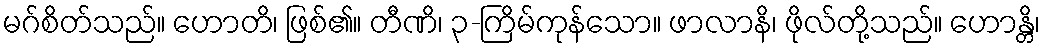
မဂ်စိတ်သည်။ ဟောတိ၊ ဖြစ်၏။ တီဏိ၊ ၃-ကြိမ်ကုန်သော။ ဖာလာနိ၊ ဖိုလ်တို့သည်။ ဟောန္တိ၊